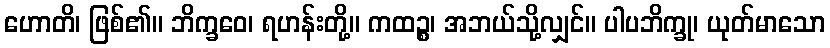
ဟောတိ၊ ဖြစ်၏။ ဘိက္ခဝေ၊ ရဟန်းတို့။ ကထဉ္စ၊ အဘယ်သို့လျှင်။ ပါပဘိက္ခု၊ ယုတ်မာသော